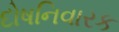
દોષનિવારક